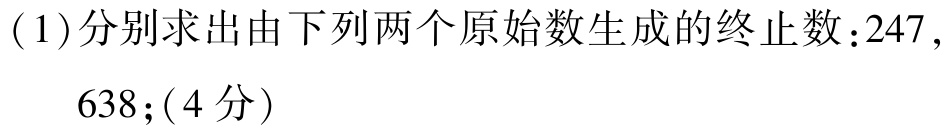
(1)分别求出由下列两个原始数生成的终止数：$247$，

$638$；（4分）